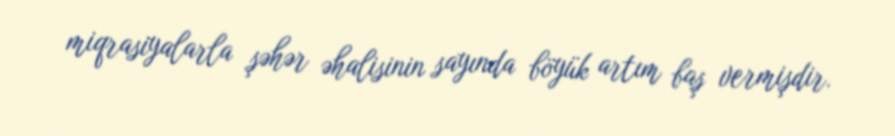
miqrasiyalarla şəhər əhalisinin sayında böyük artım baş vermişdir.